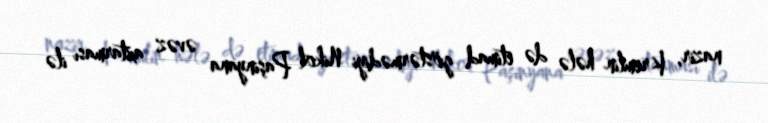
nazir, Kremlin hələ də etimad göstərmədiyi Nikol Paşinyana əvəz axtarması ilə